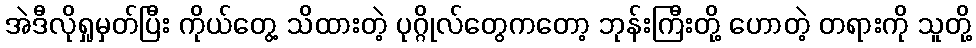
အဲဒီလိုရှုမှတ်ပြီး ကိုယ်တွေ့ သိထားတဲ့ ပုဂ္ဂိုလ်တွေကတော့ ဘုန်းကြီးတို့ ဟောတဲ့ တရားကို သူတို့